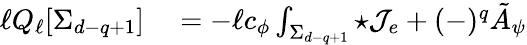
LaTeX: \begin{array}{rl}{\ell Q_{\ell}[\Sigma_{d-q+1}]}&{{}=-\ell c_{\phi}\int_{\Sigma_{d-q+1}}{\star{\cal J}_{e}}+(-)^{q}\tilde{A}_{\psi}}\end{array}